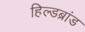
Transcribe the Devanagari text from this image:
हिल्डब्रांड